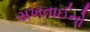
સખતાઈનો